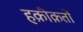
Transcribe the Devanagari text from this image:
हक़ीक़तों